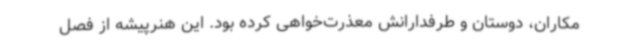
مکاران،‌ دوستان و طرفدارانش معذرت‌خواهی کرده بود. این هنرپیشه از فصل